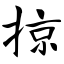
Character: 掠